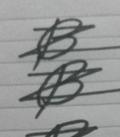
Signature authenticity: forged